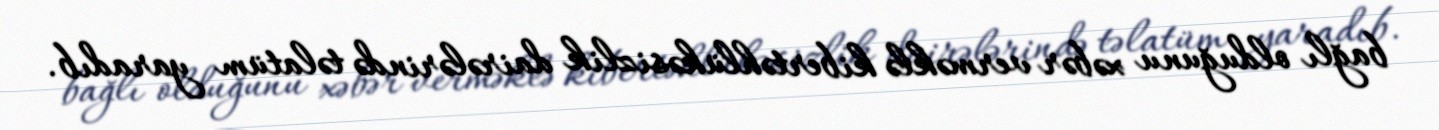
bağlı olduğunu xəbər verməklə kibertəhlükəsizlik dairələrində təlatüm yaradıb.